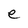
Character: e